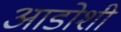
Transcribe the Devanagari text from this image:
आडोशी